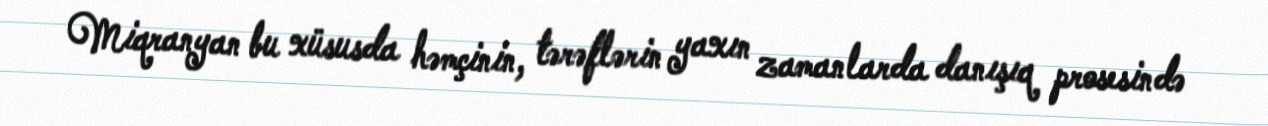
Miqranyan bu xüsusda həmçinin, tərəflərin yaxın zamanlarda danışıq prosesində